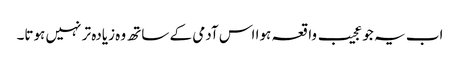
اب یہ جو عجیب واقعہ ہوا اس آدمی کے ساتھ وہ زیادہ تر نہیں ہوتا۔